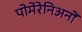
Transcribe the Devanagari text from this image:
पोमेरेनिअनों